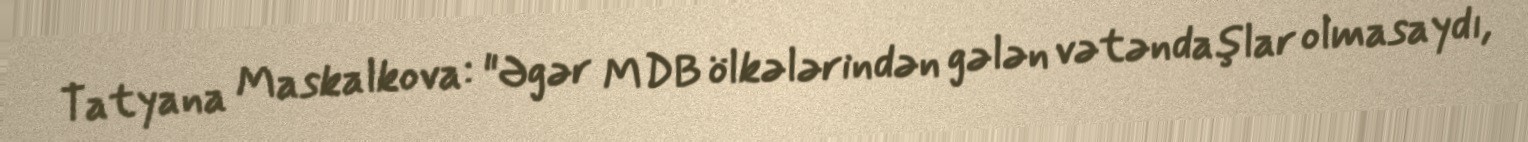
Tatyana Maskalkova: "Əgər MDB ölkələrindən gələn vətəndaşlar olmasaydı,